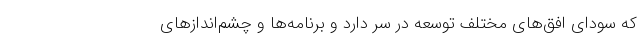
که سودای افق‌های مختلف توسعه در سر دارد و برنامه‌ها و چشم‌اندازهای